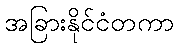
အခြားနိုင်ငံတကာ